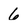
Character: 6